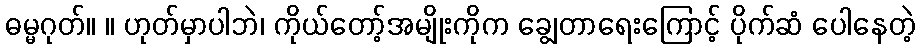
ဓမ္မဂုတ်။ ။ ဟုတ်မှာပါဘဲ၊ ကိုယ်တော့်အမျိုးကိုက ချွေတာရေးကြောင့် ပိုက်ဆံ ပေါနေတဲ့